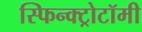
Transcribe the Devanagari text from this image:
स्फिन्क्ट्रोटॉमी